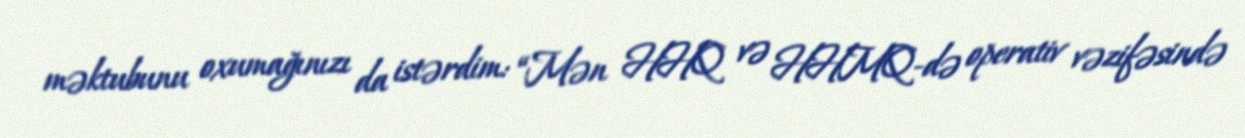
məktubunu oxumağınızı da istərdim: “Mən HHQ və HHMQ-də operativ vəzifəsində